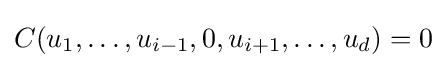
C(u_{1},\dots ,u_{i-1},0,u_{i+1},\dots ,u_{d})=0